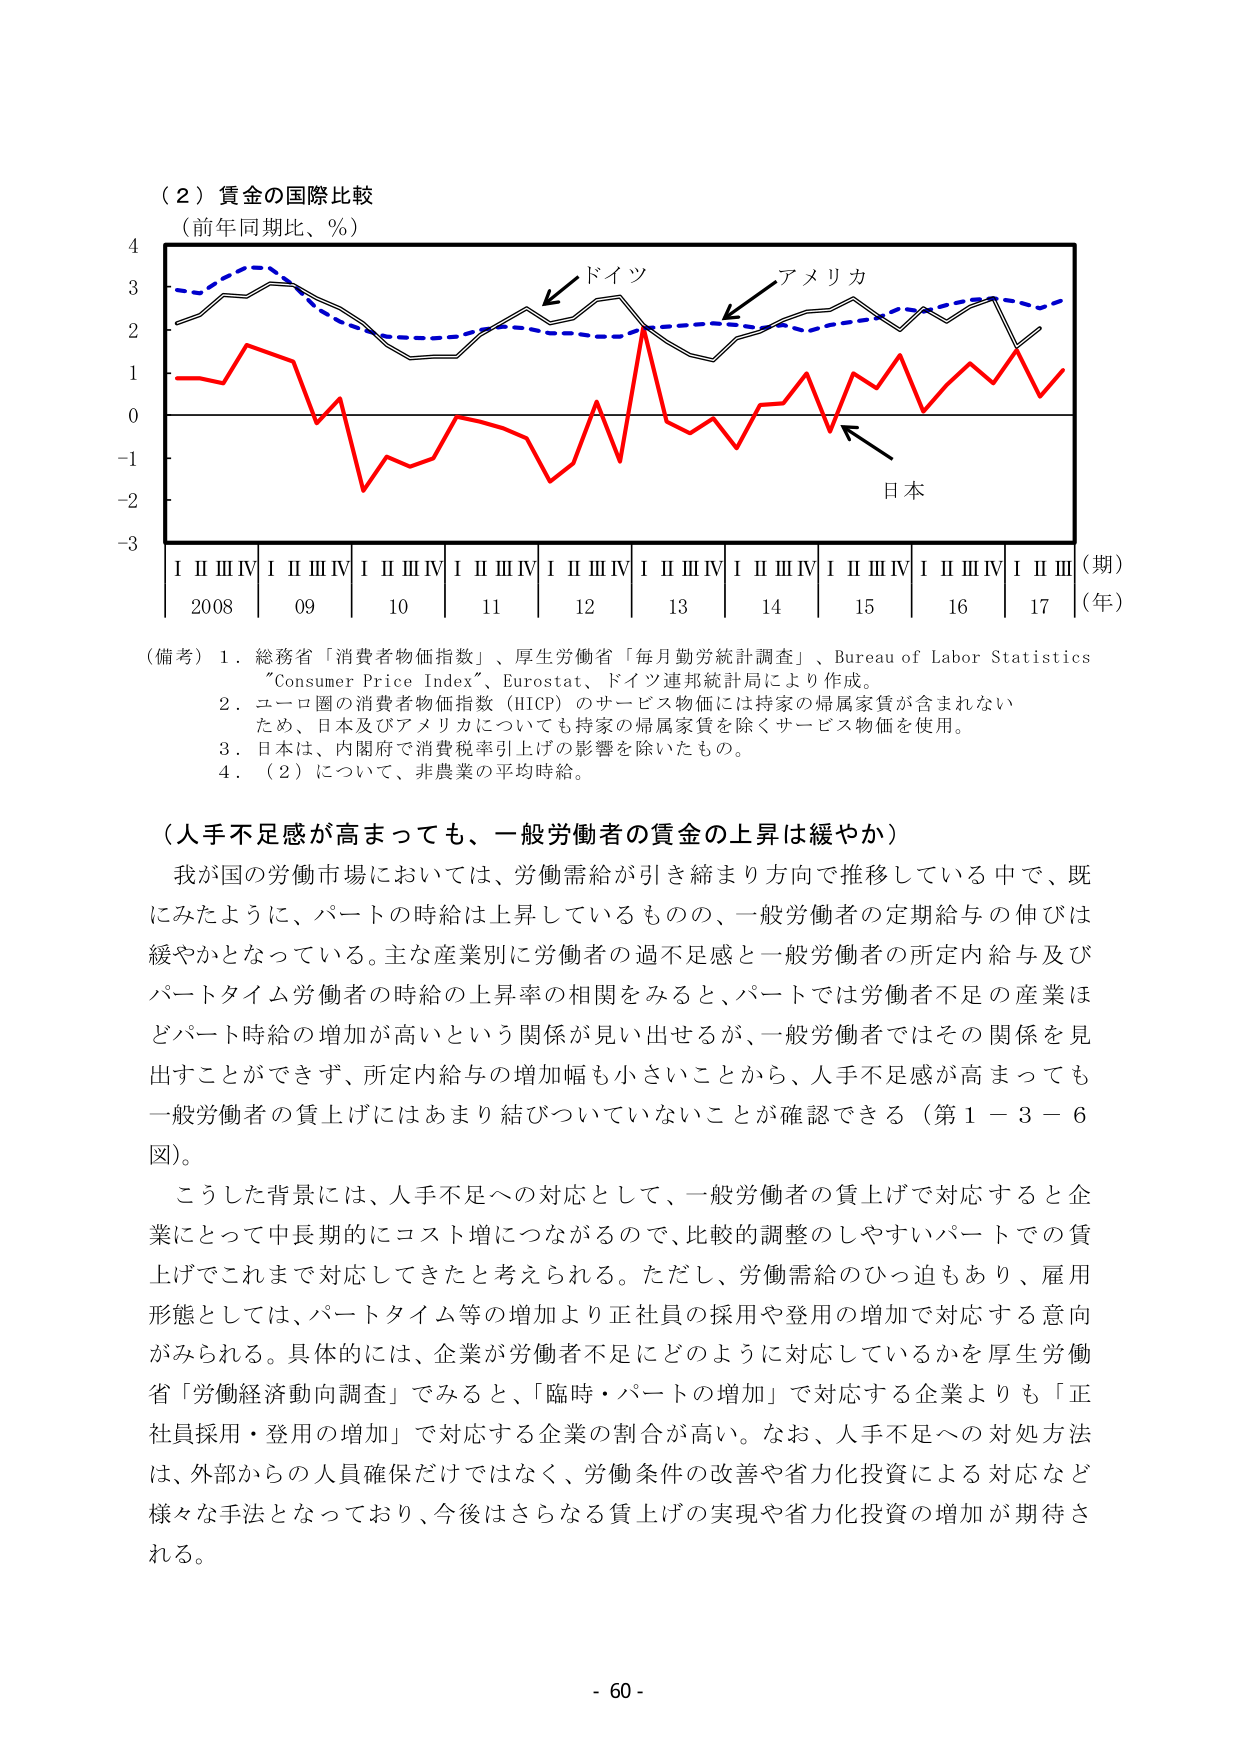
（２）賃金の国際比較
（前年同期比、％）

4
3
2
1
0
-1
-2
-3

I II III IV I II III IV I II III IV I II III IV I II III IV I II III IV I II III IV I II III IV I II III
2008 09 10 11 12 13 14 15 16 17
（期）
（年）

ドイツ
アメリカ
日本

（備考）１．総務省「消費者物価指数」、厚生労働省「毎月勤労統計調査」、Bureau of Labor Statistics "Consumer Price Index"、Eurostat、ドイツ連邦統計局により作成。
２．ユーロ圏の消費者物価指数（HICP）のサービス物価には持家の帰属家賃が含まれないため、日本及びアメリカについても持家の帰属家賃を除くサービス物価を使用。
３．日本は、内閣府で消費税率引上げの影響を除いたもの。
４．（２）について、非農業の平均時給。

（人手不足感が高まっても、一般労働者の賃金の上昇は緩やか）
我が国の労働市場においては、労働需給が引き締まり方向で推移している中で、既にみたように、パートの時給は上昇しているものの、一般労働者の定期給与の伸びは緩やかとなっている。主な産業別に労働者の過不足感と一般労働者の所定内給与及びパートタイム労働者の時給の上昇率の相関をみると、パートでは労働者不足の産業ほどパート時給の増加が高いという関係が見い出せるが、一般労働者ではその関係を見出すことができず、所定内給与の増加幅も小さいことから、人手不足感が高まっても一般労働者の賃上げにはあまり結びついていないことが確認できる（第１－３－６図）。
こうした背景には、人手不足への対応として、一般労働者の賃上げで対応すると企業にとって中長期的にコスト増につながるので、比較的調整のしやすいパートでの賃上げでこれまで対応してきたと考えられる。ただし、労働需給のひっ迫もあり、雇用形態としては、パートタイム等の増加より正社員の採用や登用の増加で対応する意向がみられる。具体的には、企業が労働者不足にどのように対応しているかを厚生労働省「労働経済動向調査」でみると、「臨時・パートの増加」で対応する企業よりも「正社員採用・登用の増加」で対応する企業の割合が高い。なお、人手不足への対処方法は、外部からの人員確保だけではなく、労働条件の改善や省力化投資による対応など様々な手法となっており、今後はさらなる賃上げの実現や省力化投資の増加が期待される。

- 60 -